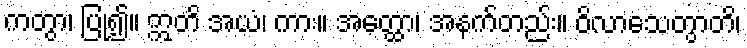
ကတွာ၊ ပြု၍။ ဣတိ အယံ၊ ကား။ အတ္ထော၊ အနက်တည်း။ ဝိလာသေတွာတိ၊